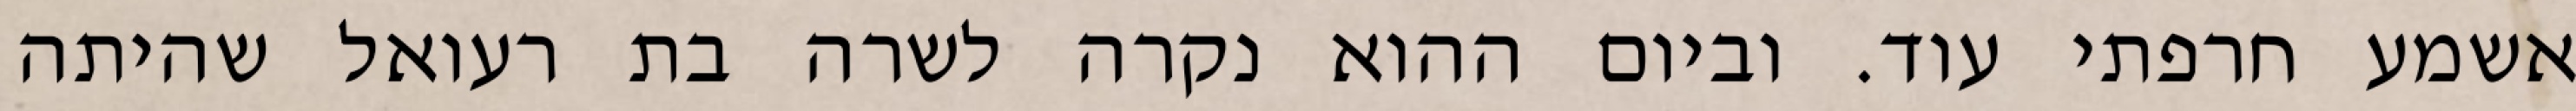
אשמע חרפתי עוד. וביום ההוא נקרה לשרה בת רעואל שהיתה